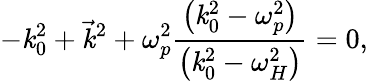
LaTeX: -\mathit{k}_{0}^{2}+{\vec{{\mathit{k}}}}^{2}+\omega_{p}^{2}{\frac{{\left(\mathit{k}_{0}^{2}-\omega_{p}^{2}\right)}}{{\left(\mathit{k}_{0}^{2}-\omega_{H}^{2}\right)}}}=0,